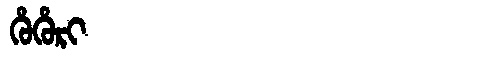
Manchu: ᡥᡠᡥᡠᡵᡳ
Romanization: HUHURI